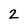
Character: 2